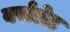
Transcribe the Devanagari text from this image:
वर्सलेट